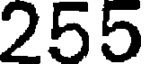
255